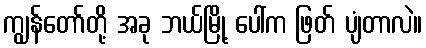
ကျွန်တော်တို့ အခု ဘယ်မြို့ ပေါ်က ဖြတ် ပျံတာလဲ။